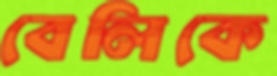
বেলিকে